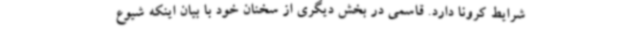
شرایط کرونا دارد. قاسمی در بخش دیگری از سخنان خود با بیان اینکه شیوع